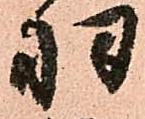
羽